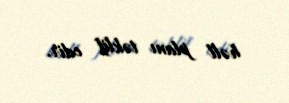
həll planı təklif edir.